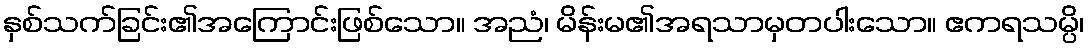
နှစ်သက်ခြင်း၏အကြောင်းဖြစ်သော။ အညံ၊ မိန်းမ၏အရသာမှတပါးသော။ ဧကရသမ္ပိ၊